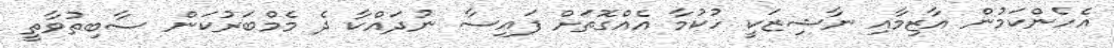
އެހެންކަމުން އާޒިމާއި ނާޝިޒަކީ ހުކުމާ އެއްގޮތަށް ފައިސާ ނުދައްކާ ދެ މެމްބަރުކަން ސާބިތުވާތީ